画像に写った文字を読んでください
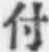
「付」と書いてあります